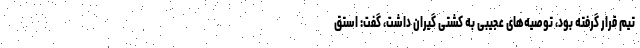
تیم قرار گرفته بود، توصیه‌های عجیبی به کشتی گیران داشت، گفت: استق